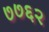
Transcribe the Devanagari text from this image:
७७६२